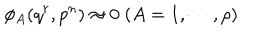
LaTeX: \phi _ { A } ( q ^ { r } , p ^ { n } ) \approx 0 \; ( A = 1 , \cdots , \rho )